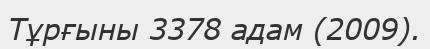
Тұрғыны 3378 адам (2009).